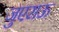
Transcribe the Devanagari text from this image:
जुएराऊ